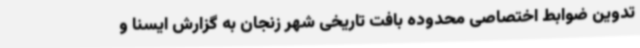
تدوین ضوابط اختصاصی محدوده بافت تاریخی شهر زنجان به گزارش ایسنا و